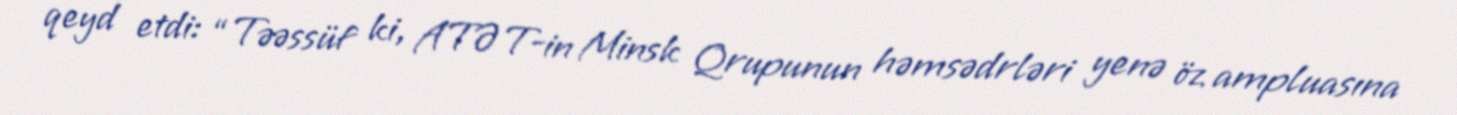
qeyd etdi: “Təəssüf ki, ATƏT-in Minsk Qrupunun həmsədrləri yenə öz ampluasına